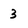
Character: 3